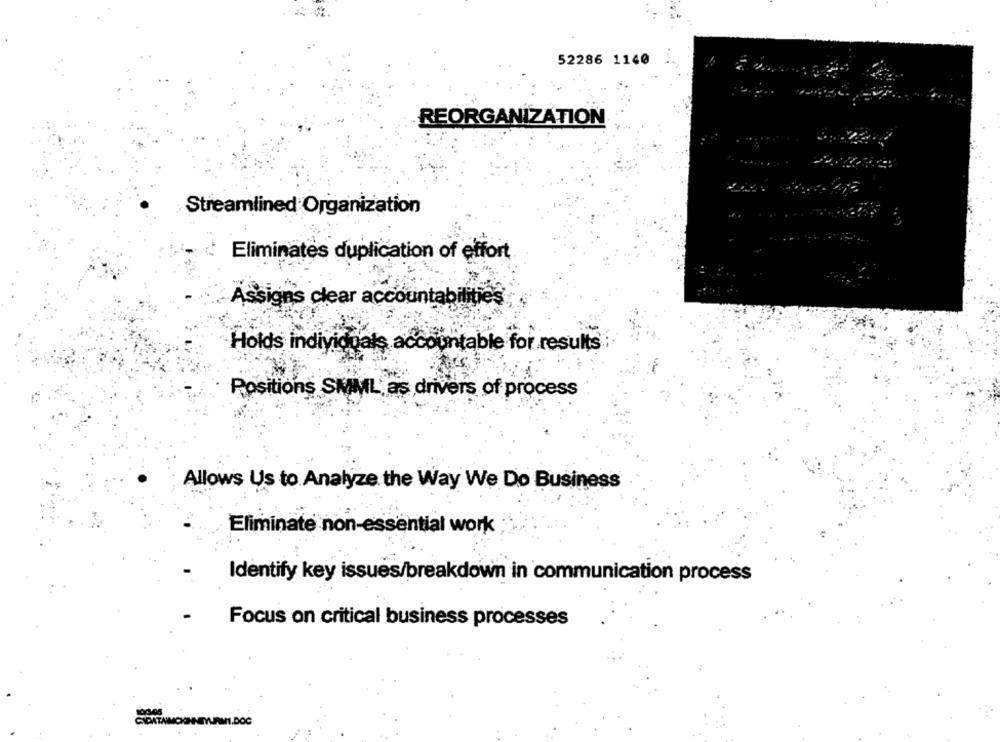
52286 1140
REORGANIZATION
Streamlined Organization
Eliminates duplication of effort
Assigns clear accountabilities
Holds individuals accountable for results
Positions SMML' as drivers of process
Allows Us to Analyze the Way We Do Business
Eliminate non-essential work
Identify key issues/breakdown in communication process
Focus on critical business processes
L.DOC